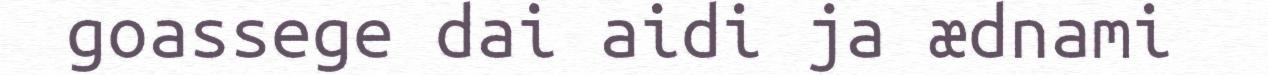
goassege dai aidi ja ædnami